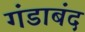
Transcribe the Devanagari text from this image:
गंडाबंद